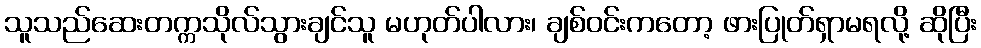
သူသည်ဆေးတက္ကသိုလ်သွားချင်သူ မဟုတ်ပါလား၊ ချစ်ဝင်းကတော့ ဖားပြုတ်ရှာမရလို့ ဆိုပြီး